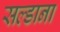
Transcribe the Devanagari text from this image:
सल्डाना